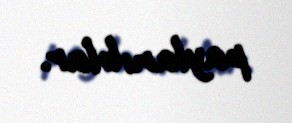
paylanıblar.